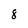
Character: 8